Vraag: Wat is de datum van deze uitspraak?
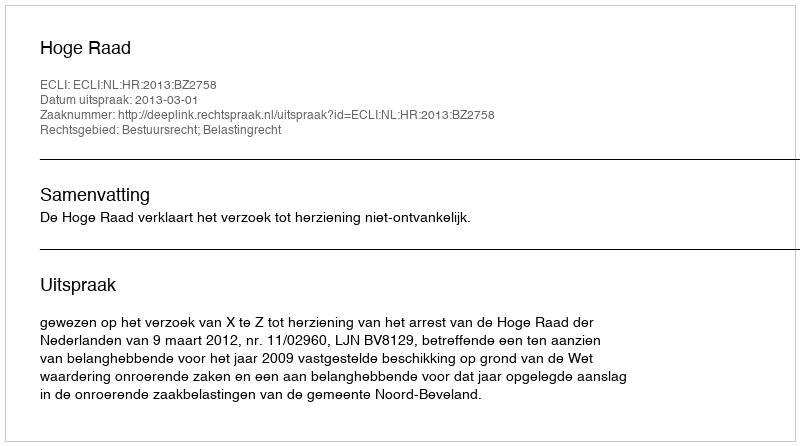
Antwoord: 2013-03-01